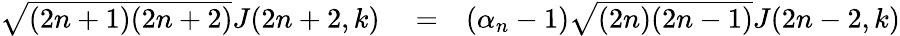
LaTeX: \begin{array}{rlr}{\sqrt{(2n+1)(2n+2)}J(2n+2,k)}&{{}=}&{(\alpha_{n}-1)\sqrt{(2n)(2n-1)}J(2n-2,k)}\end{array}